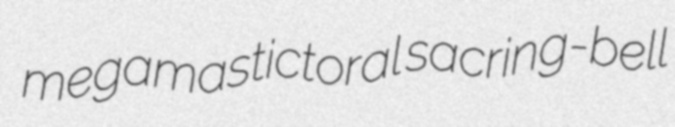
megamastictoral sacring-bell